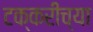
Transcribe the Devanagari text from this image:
टक्करीच्या